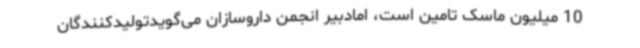
10 میلیون ماسک تامین است، امادبیر انجمن داروسازان می‌گویدتولیدکنندگان